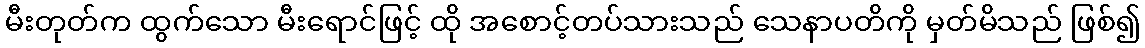
မီးတုတ်က ထွက်သော မီးရောင်ဖြင့် ထို အစောင့်တပ်သားသည် သေနာပတိကို မှတ်မိသည် ဖြစ်၍